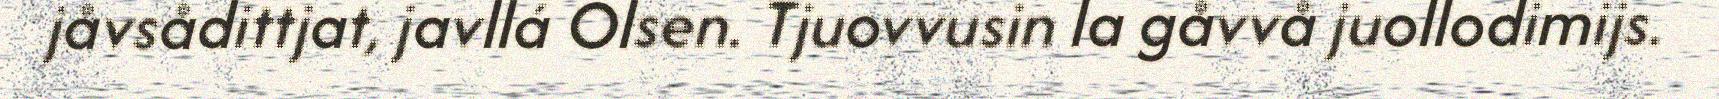
jåvsådittjat, javllá Olsen. Tjuovvusin la gåvvå juollodimijs.